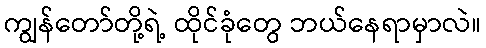
ကျွန်တော်တို့ရဲ့ ထိုင်ခုံတွေ ဘယ်နေရာမှာလဲ။